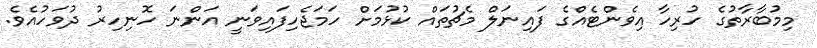
މިމުބާރާތުގެ ހުރިހާ އިވެންޓެއްގެ ފައިނަލް މެޗުތައް ކުޅުމަށް ހަމަޖެހިފައިވަނީ އަންނަ ހޮނިހިރު ދުވަހުއެވެ.